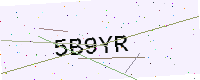
Text: 5B9YR